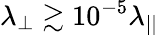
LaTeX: \lambda_{\perp}\gtrsim 10^{-5}\lambda_{||}